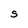
Character: S